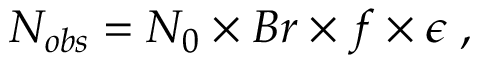
N _ { o b s } = N _ { 0 } \times B r \times f \times \epsilon \; ,